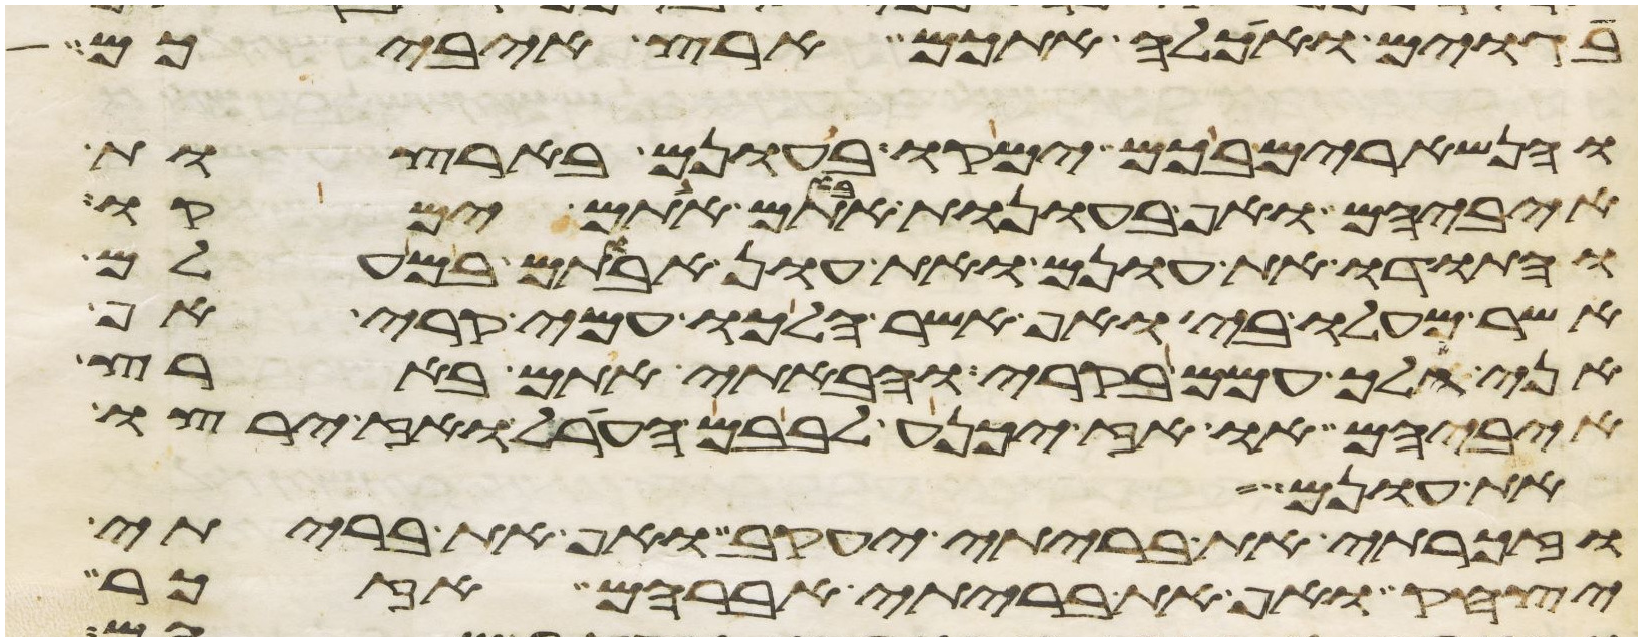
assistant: בגוים ואכלה אתכם ארץ איביכם
והנשארים בכם ימקו בעונם בארצות
איביהם ואף בעונות אבותם אתם ימקו
והתודו את עונם ואת עון אבותם במעלם
אשר מעלו בי ואף אשר הלכו עמי בקרי אף
אני הלך עמם בקרי והבאתי אתם בארץ
איביהם או אז יכנע לבבם הערל ואז ירצו
את עונם
וזכרתי את בריתי יעקב ואף את בריתי
יצחק ואף את בריתי אברהם אזכר